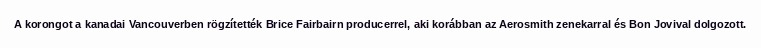
A korongot a kanadai Vancouverben rögzítették Brice Fairbairn producerrel, aki korábban az Aerosmith zenekarral és Bon Jovival dolgozott.